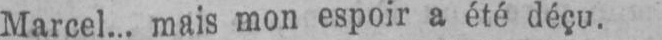
Marcel... mais mon espoir a été déçu.